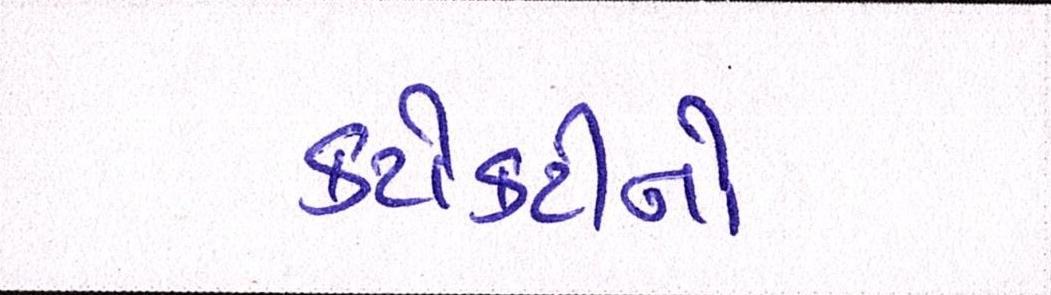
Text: કટોકટીનો